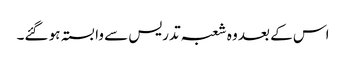
اس کے بعد وہ شعبہ تدریس سے وابستہ ہو گئے۔